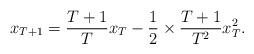
LaTeX: \begin{align*}x_{T+1} = \frac{T+1}{T} x_T - \frac{1}{2} \times \frac{T+1}{T^2} x^2_T.\end{align*}